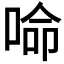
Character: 𠵴